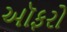
ઑફરો